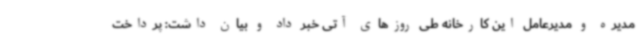
مدیره و مدیرعامل این کارخانه طی روزهای آتی خبر داد و بیان داشت: پرداخت